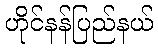
ဟိုင်နန်ပြည်နယ်